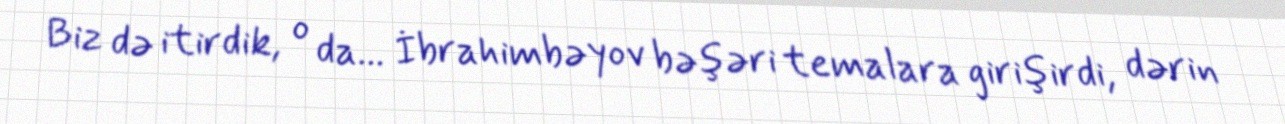
Biz də itirdik, o da... İbrahimbəyov bəşəri temalara girişirdi, dərin